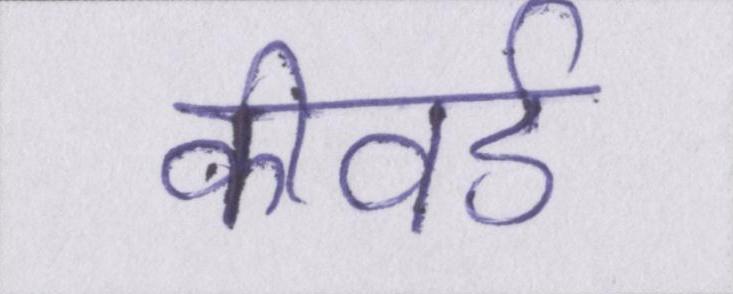
कीवर्ड